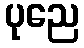
ပုညေ